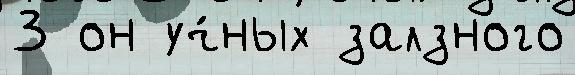
3 он уч́ных залзного